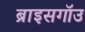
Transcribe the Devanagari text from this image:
ब्राइसगॉउ